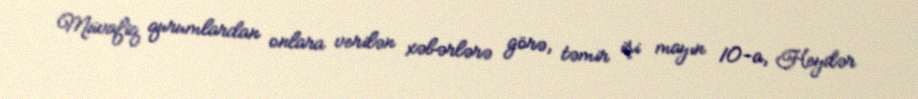
Müvafiq qurumlardan onlara verilən xəbərlərə görə, təmir işi mayın 10-a, Heydər